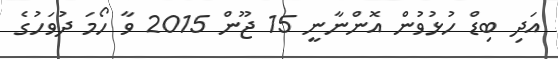
އަދި ބިޑް ހުޅުވުން އޮންނާނީ 15 ޖޫން 2015 ވާ ހޯމަ ދުވަހުގެ